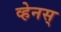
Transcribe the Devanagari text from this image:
व्हेनस्